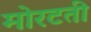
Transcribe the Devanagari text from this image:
मोरटती